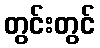
တွင်းတွင်